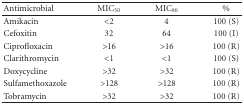
<table><thead><tr><td><b>Antimicrobial</b></td><td><b>MIC<sub>50</sub></b></td><td><b>MIC<sub>90</sub></b></td><td><b>%</b></td></tr></thead><tbody><tr><td>Amikacin</td><td>&lt;2</td><td>4</td><td>100 (S)</td></tr><tr><td>Cefoxitin</td><td>32</td><td>64</td><td>100 (I)</td></tr><tr><td>Ciprofloxacin</td><td>&gt;16</td><td>&gt;16</td><td>100 (R)</td></tr><tr><td>Clarithromycin</td><td>&lt;1</td><td>&lt;1</td><td>100 (S)</td></tr><tr><td>Doxycycline</td><td>&gt;32</td><td>&gt;32</td><td>100 (R)</td></tr><tr><td>Sulfamethoxazole</td><td>&gt;128</td><td>&gt;128</td><td>100 (R)</td></tr><tr><td>Tobramycin</td><td>&gt;32</td><td>&gt;32</td><td>100 (R)</td></tr></tbody></table>